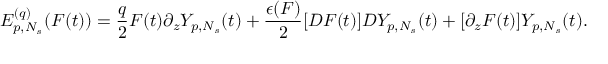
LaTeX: E _ { p , N _ { s } } ^ { ( q ) } ( F ( t ) ) = \frac { q } { 2 } F ( t ) \partial _ { z } Y _ { p , N _ { s } } ( t ) + \frac { \epsilon ( F ) } { 2 } [ D F ( t ) ] D Y _ { p , N _ { s } } ( t ) + [ \partial _ { z } F ( t ) ] Y _ { p , N _ { s } } ( t ) .